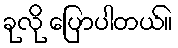
ခုလို ပြောပါတယ်။